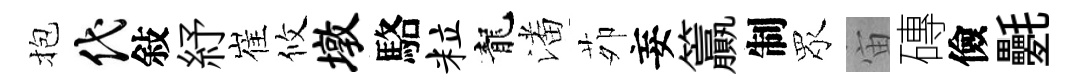
抱代敍紓崔攸墩駱粒龍潘茆妄籯制眾宙磚儉氎